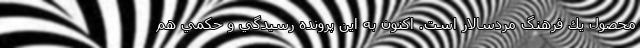
محصول يك فرهنگ مردسالار است. اكنون به اين پرونده رسيدگي و حكمي هم